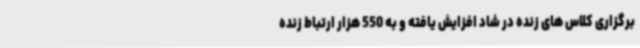
برگزاری کلاس های زنده در شاد افزایش یافته و به 550 هزار ارتباط زنده